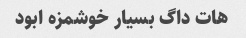
هات داگ بسیار خوشمزه ابود